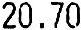
20.70